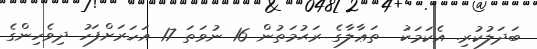
ބަދަލުކުރި. އެކަމަކު  ތަޢާލާގެ ރަޙުމަތުން 16 ނުވަތަ 17 އަހަރަށްފަހު ދިވެހިންގެ